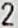
2